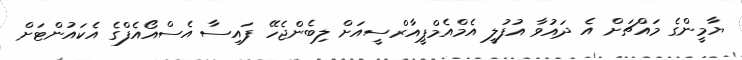
ޔާމީންގެ މައްޗަށް އެ ދައުވާ އުފުލީ އެމްއެމްޕީއާރްސީއަށް ލިބެންޖެހޭ ފައިސާ އެސްއޯއެފްގެ އެކައުންޓަށް